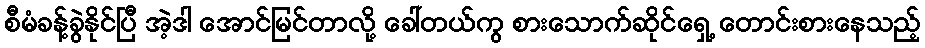
စီမံခန့်ခွဲနိုင်ပြီ အဲ့ဒါ အောင်မြင်တာလို့ ခေါ်တယ်ကွ စားသောက်ဆိုင်ရှေ့ တောင်းစားနေသည့်